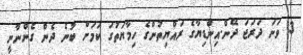
3 ވަނަ ދަރަޖަ ދޭން.އިންޑިޔާގެ ރައްޔިތުންގެ ހިމާޔަތުގަ ކަމަށް ބުނެ ދެން ގެންނާނީ